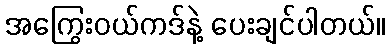
အကြွေးဝယ်ကဒ်နဲ့ ပေးချင်ပါတယ်။